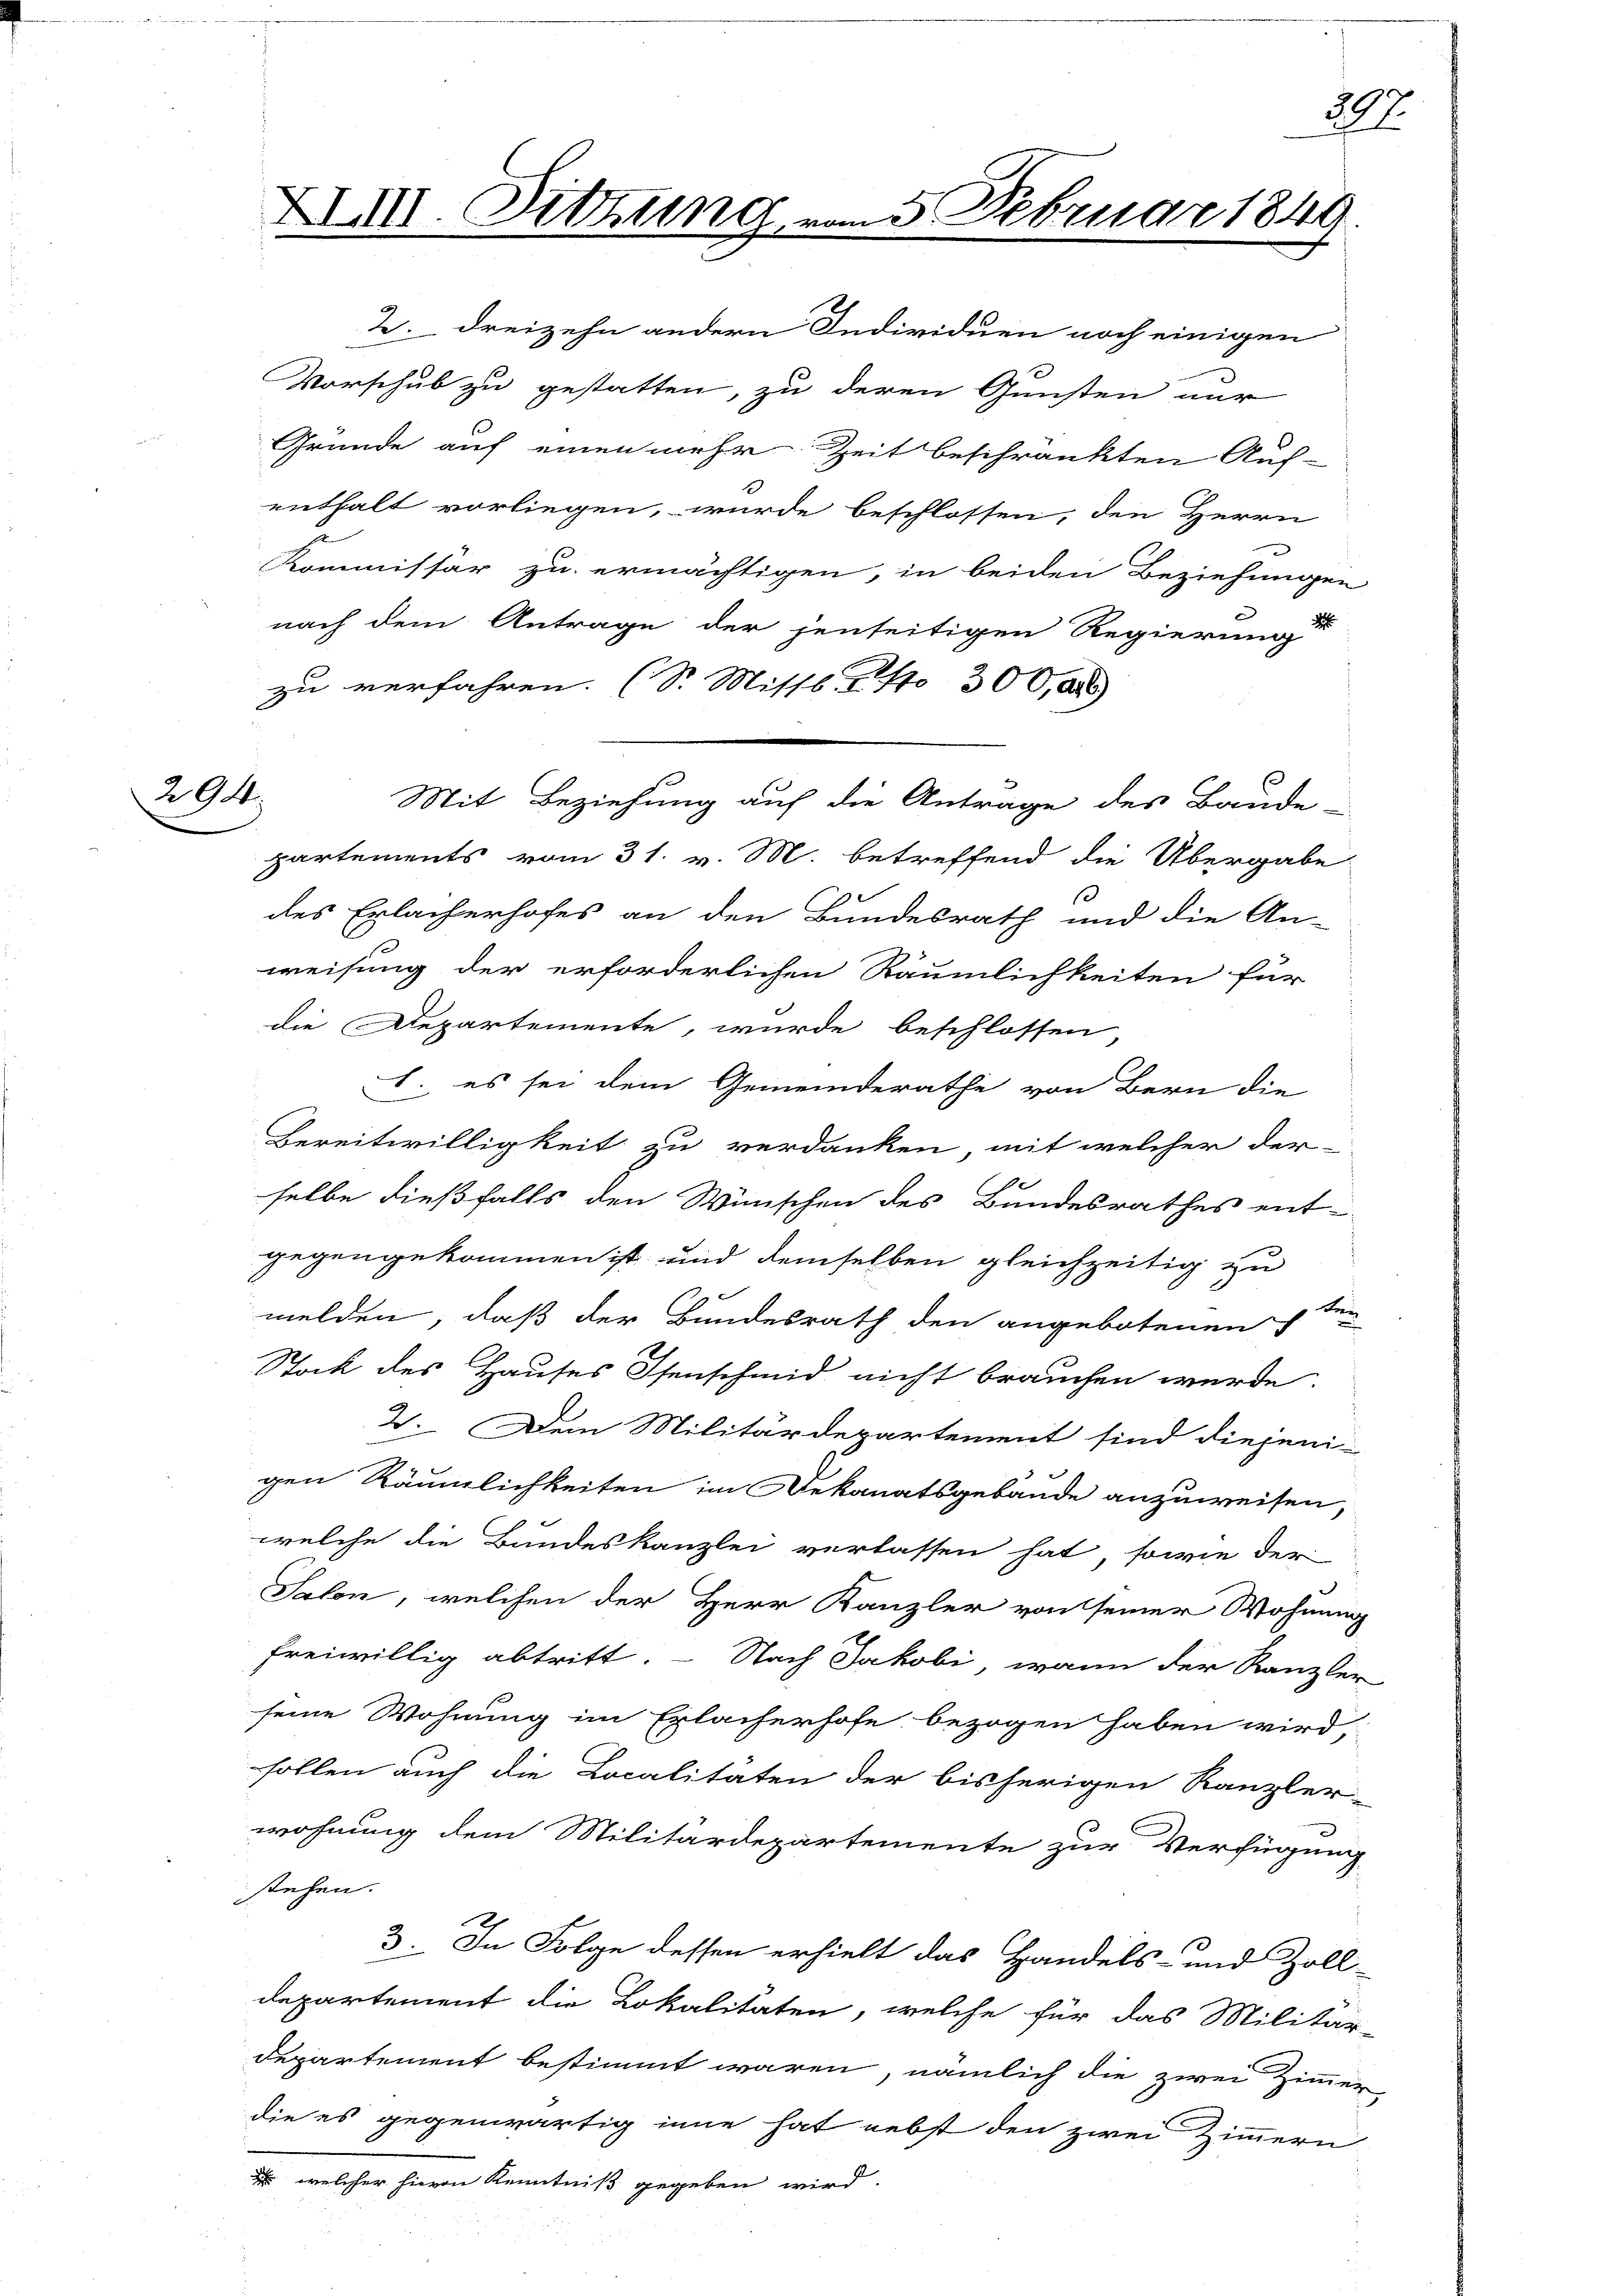
294

XVIII. Pittung,

2. dreizehn andern Individuen noch einigen
Vorschub zu gestatten, zu deren Gunsten nur
Gründe auf einen mehr Zeit beschränkten Auf-
enthalt vorliegen, wurde beschlossen, den Herrn
.
Kommissär zu ermächtigen, in beiden Beziehungen
d
nach dem Antrage der jenseitigen Regierung
zu verfahren. (S. Missb. S. 10 300,00
partements vom 31. v. M. betreffend die Übergabe
3
des Erlacherhofes an den Bundesrath und die An-
weisung der erforderlichen Räumlichkeiten für
die Departemente, wurde beschlossen
. es sei dem Gemeinderathe von Bern die
Bereitwilligkeit zu verdanken, mit welcher der
e
selbe dießfalls den Wünschen des Bundesrathes ent-
gegengekommen ist und demselben gleichzeitig zu
melden, daß der Bundesrath den angebotenen 7ten
Stock des Hauses Isenschmid nicht brauchen werde.
2. Dem Militärdepartement sind diejeni-
gen Räumlichkeiten im Dekanatsgebäude anzuweisen,
welche die Bundeskanzlei verlassen hat, sowie der
Salon, welchen der Herr Kanzler von seiner Wohnung
freiwillig abtritt. - Nach Jakobi, wann der Kanzler
seine Wohnung im Erlacherhofe bezogen haben wird,
sollen auch die Localitäten der bisherigen Kanzler-
wohnung dem Militärdepartemente zur Verfügung
stehen.
3. In Folge dessen erhielt das Handels- und Zoll-
departement die Lokalitäten, welche für das Militär-
departement bestimmt waren, nämlich die zwei Zimmer
die es gegenwärtig inne hat nebst den zwei Zimmern
E. welcher hievon Kenntniß gegeben wird.

5 Februar 1849.

Mit Beziehung auf die Antrage des Baude

2